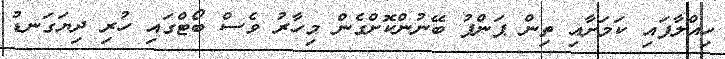
ހިއްލާފައި ކަމަށާއި ތިން ޕަންޕު ބޭނުންކޮށްގެން މިހާރު ވެސް ބޯޓްގައި ހުރި ދިޔަގަނޑު